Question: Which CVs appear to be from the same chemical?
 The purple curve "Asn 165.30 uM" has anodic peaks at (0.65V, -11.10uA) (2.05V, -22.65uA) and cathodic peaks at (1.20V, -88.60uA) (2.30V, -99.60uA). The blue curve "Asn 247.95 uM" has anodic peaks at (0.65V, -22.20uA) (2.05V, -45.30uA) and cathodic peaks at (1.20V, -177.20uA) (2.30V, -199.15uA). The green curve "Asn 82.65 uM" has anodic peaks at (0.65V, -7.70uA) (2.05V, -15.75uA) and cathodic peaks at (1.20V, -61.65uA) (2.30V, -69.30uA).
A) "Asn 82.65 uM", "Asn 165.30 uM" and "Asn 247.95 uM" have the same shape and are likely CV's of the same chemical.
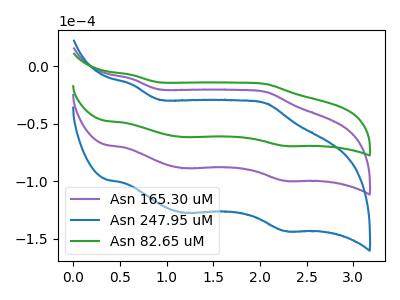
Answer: <think>All the peaks in "Asn 165.30 uM" have a peak in "Asn 247.95 uM" at the same potential. All the peaks in "Asn 165.30 uM" have a peak in "Asn 82.65 uM" at the same potential. All the peaks in "Asn 247.95 uM" have a peak in "Asn 82.65 uM" at the same potential.
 </think>
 <answer>A) "Asn 82.65 uM", "Asn 165.30 uM" and "Asn 247.95 uM" have the same shape and are likely CV's of the same chemical.</answer>
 <eval>A</eval>